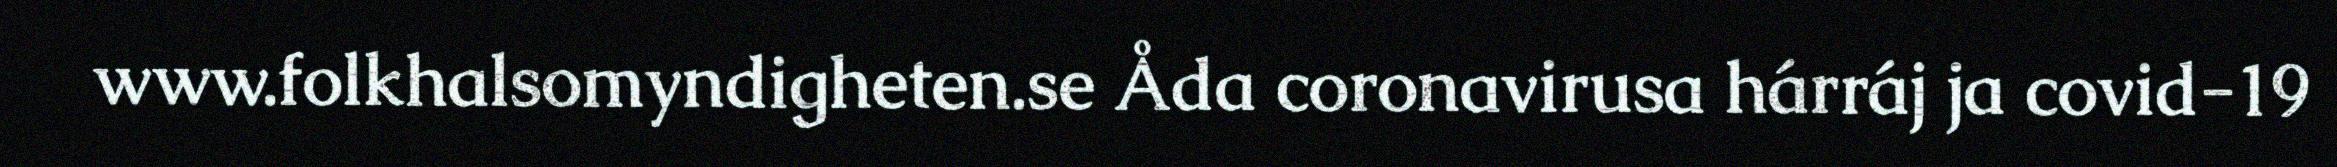
www.folkhalsomyndigheten.se Åda coronavirusa hárráj ja covid-19